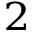
^ 2